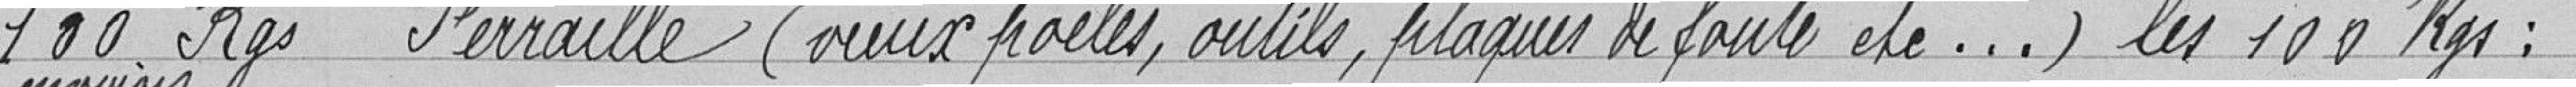
100 kgs environ Ferraille (vieux poêles, outils, plaques de fonte, etc...) les 100 kgs :